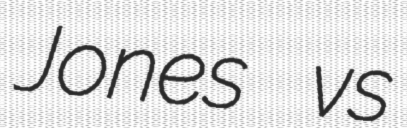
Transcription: Jones vs